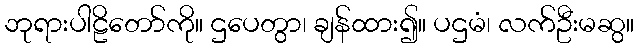
ဘုရားပါဠိတော်ကို။ ဌပေတွာ၊ ချန်ထား၍။ ပဌမံ၊ လက်ဦးမဆွ။